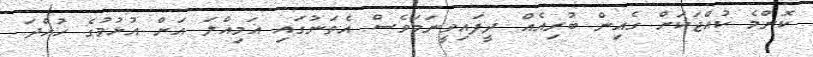
ކޮންމެ ކުއްޖަކަށް ގެއިން ބުރިއެއް ދީފައިވީނަމަވެސް އެތަނުގައި އަމިއްލަ އަށް އުޅުމުގެ ހުއްދަ